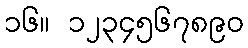
၁၆။ ၁၂၃၄၅၆၇၈၉၀